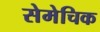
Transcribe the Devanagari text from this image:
सेमेचिक